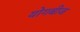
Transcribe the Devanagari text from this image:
योगबीज